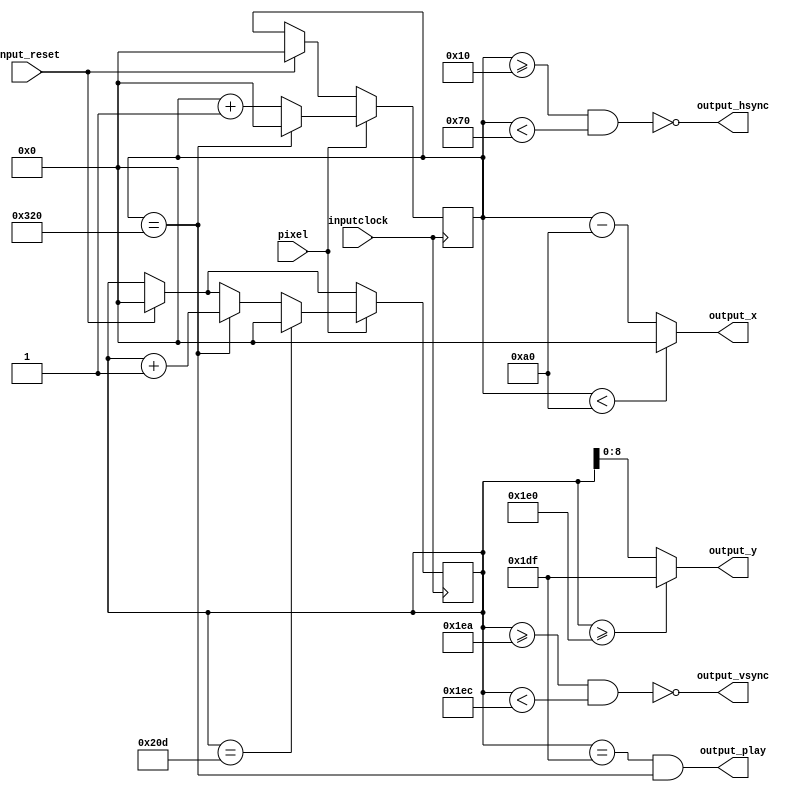
module vga_sync(
	input wire inputclock,           
	input wire pixel,       
	input wire input_reset,           
	output wire output_hsync,          
	output wire output_vsync,           
	output wire [9:0] output_x,      
	output wire [8:0] output_y,       
	output wire output_play
	);

	localparam horizontal_begin = 16;    
	localparam horizontal_end = 16 + 96; 
	localparam horizontal_sta = 16 + 96 + 48;    
	localparam vertical_sta = 480 + 10;        
	localparam vertical_end = 480 + 10 + 2;    
	localparam VertAxis_end = 480;             
	localparam horizontal   = 800;             
	localparam image = 525;             
	reg [9:0] h_count; 
	reg [9:0] v_count;  
	
	
	
	assign output_hsync = ~((h_count >= horizontal_begin) & (h_count < horizontal_end));
	assign output_vsync = ~((v_count >= vertical_sta) & (v_count < vertical_end));
	assign output_x = (h_count < horizontal_sta) ? 0 : (h_count - horizontal_sta);
	assign output_y = (v_count >= VertAxis_end) ? (VertAxis_end - 1) : (v_count);
   assign output_play = ((v_count == VertAxis_end - 1) & (h_count == horizontal));
	
		always @ (posedge inputclock)
		begin
		  if (input_reset)  
		  begin
				h_count <= 0;
				v_count <= 0;
		  end
		  if (pixel)  
		  begin
				if (h_count == horizontal) 
				begin
					 h_count <= 0;
					 v_count <= v_count + 1;
				end
				else 
					 h_count <= h_count + 1;

				if (v_count == image)  
					 v_count <= 0;
		  end
		end
endmodule